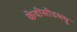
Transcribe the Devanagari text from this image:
केवीसीडब्ल्यू